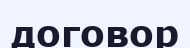
договор